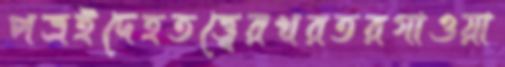
পত্রইদেহতত্ত্বেরখরতরগাওয়া